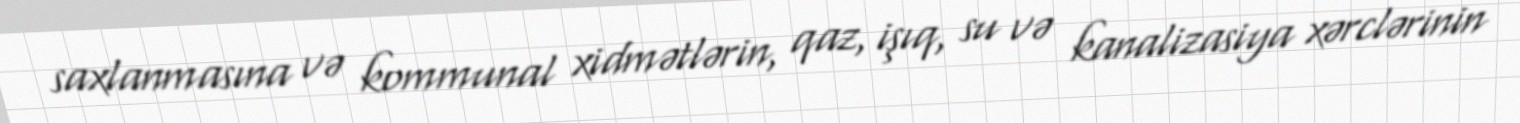
saxlanmasına və kommunal xidmətlərin, qaz, işıq, su və kanalizasiya xərclərinin